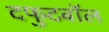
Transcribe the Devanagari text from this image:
दफुटबॉल